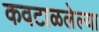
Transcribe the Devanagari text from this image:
कवटाळलेल्या